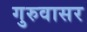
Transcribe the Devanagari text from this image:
गुरुवासर